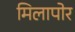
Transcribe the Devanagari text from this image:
मिलापोर